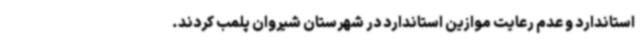
استاندارد و عدم رعایت موازین استاندارد در شهرستان شیروان پلمب کردند.